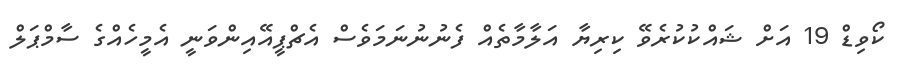
ކޯވިޑް 19 އަށް ޝައްކުކުރެވޭ ކިރިޔާ އަލާމާތެއް ފެނުނުނަމަވެސް އެޗްޕީއޭއިންވަނީ އެމީހެއްގެ ސާމްޕަލް